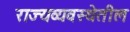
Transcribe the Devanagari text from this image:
राज्यव्यवस्थेतील